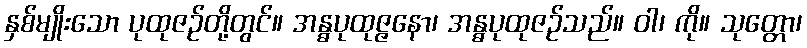
နှစ်မျိုးသော ပုထုဇဉ်တို့တွင်။ အန္ဓပုထုဇ္ဇနော၊ အန္ဓပုထုဇဉ်သည်။ ဝါ၊ ကို။ သုတ္တော၊